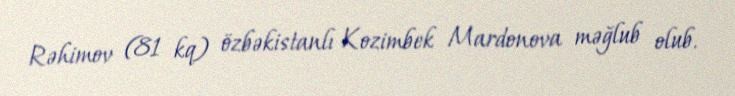
Rəhimov (81 kq) özbəkistanlı Kozimbek Mardonova məğlub olub.